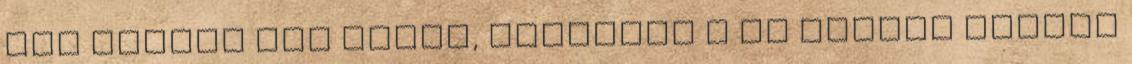
egy kicsit úgy tűnik, egyelőre a mi jóféle digónk